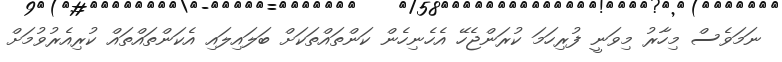
ނަމަވެސް މިހާރު މިވަނީ ފުރިހަމަ ކުރަންޖެހޭ އެހެނިހެން ކަންތައްތަކަށް ބަލައިލައި އެކަންތައްތައް ކުރިއެރުވުމަށް